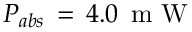
P _ { a b s } \, = \, 4 . 0 \, \mathrm { ~ m ~ W ~ }